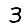
Digit: 3